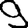
Digit: 9